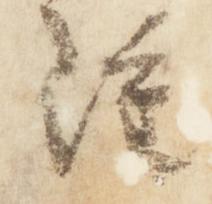
雖